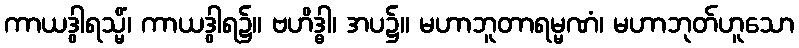
ကာယဒွါရသ္မိံ၊ ကာယဒွါရ၌။ ဗဟိဒ္ဓါ၊ အပ၌။ မဟာဘူတာရမ္မဏံ၊ မဟာဘုတ်ဟူသော